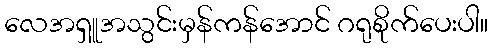
လေအရှူအသွင်းမှန်ကန်အောင် ဂရုစိုက်ပေးပါ။